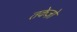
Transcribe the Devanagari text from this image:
तकेज़ो